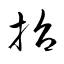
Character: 抬